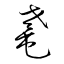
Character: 耄